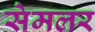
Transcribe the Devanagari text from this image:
सेमलर